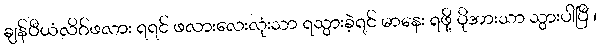
ချန်ပီယံလိဂ်ဖလား ရရင် ဖလားလေးလုံးသာ ရသွားခဲ့ရင် မာနေး ရဖို့ ပိုအားသာ သွားပါပြီ ၊